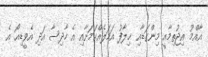
އާއްމު އިޖުތިމާއީ މިންގަޑާއި ޚިލާފު އަމަލެއްކަމަށާއި އެ ހާދިސާ އަދި އެވީޑިއޯ އެ